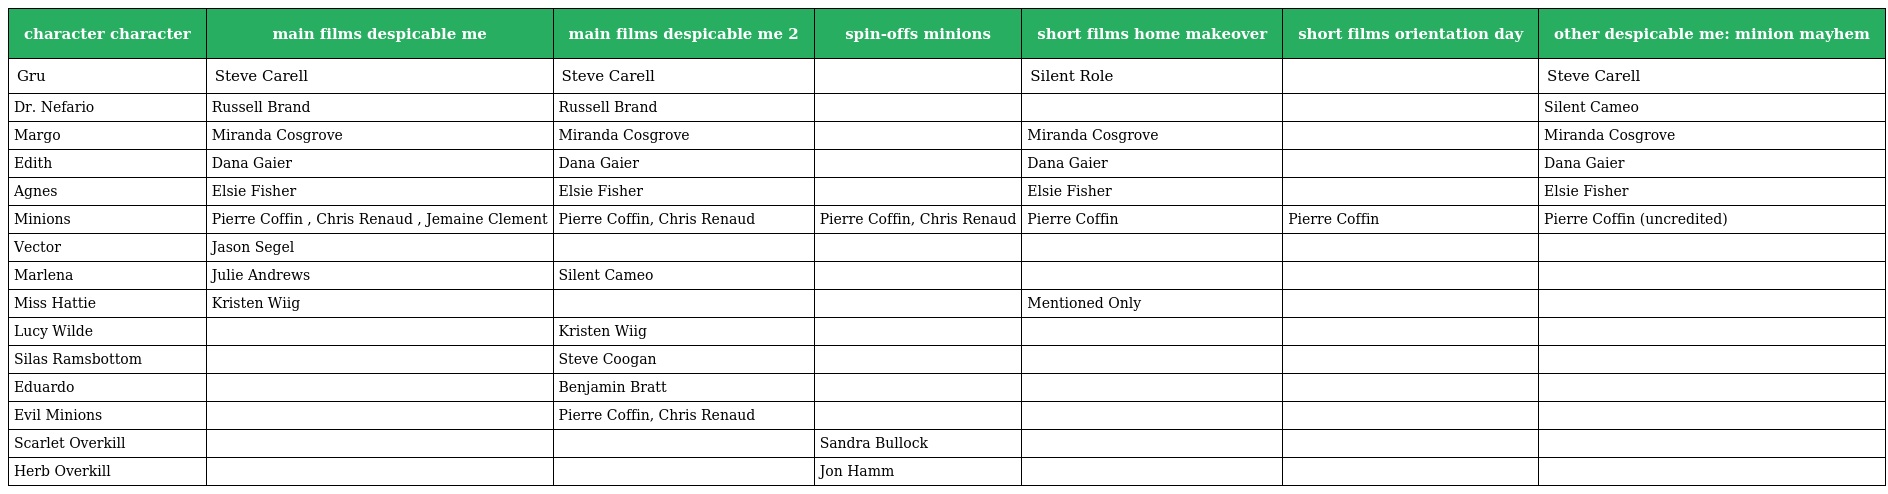
| character character | main films despicable me | main films despicable me 2 | spin-offs minions | short films home makeover | short films orientation day | other despicable me: minion mayhem |
 | --- | --- | --- | --- | --- | --- | --- |
 | Gru | Steve Carell | Steve Carell |  | Silent Role |  | Steve Carell |
 | Dr. Nefario | Russell Brand | Russell Brand |  |  |  | Silent Cameo |
 | Margo | Miranda Cosgrove | Miranda Cosgrove |  | Miranda Cosgrove |  | Miranda Cosgrove |
 | Edith | Dana Gaier | Dana Gaier |  | Dana Gaier |  | Dana Gaier |
 | Agnes | Elsie Fisher | Elsie Fisher |  | Elsie Fisher |  | Elsie Fisher |
 | Minions | Pierre Coffin , Chris Renaud , Jemaine Clement | Pierre Coffin, Chris Renaud | Pierre Coffin, Chris Renaud | Pierre Coffin | Pierre Coffin | Pierre Coffin (uncredited) |
 | Vector | Jason Segel |  |  |  |  |  |
 | Marlena | Julie Andrews | Silent Cameo |  |  |  |  |
 | Miss Hattie | Kristen Wiig |  |  | Mentioned Only |  |  |
 | Lucy Wilde |  | Kristen Wiig |  |  |  |  |
 | Silas Ramsbottom |  | Steve Coogan |  |  |  |  |
 | Eduardo |  | Benjamin Bratt |  |  |  |  |
 | Evil Minions |  | Pierre Coffin, Chris Renaud |  |  |  |  |
 | Scarlet Overkill |  |  | Sandra Bullock |  |  |  |
 | Herb Overkill |  |  | Jon Hamm |  |  |  |